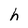
Character: h